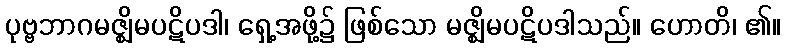
ပုဗ္ဗဘာဂမဇ္ဈိမပဋိပဒါ၊ ရှေ့အဖို့၌ ဖြစ်သော မဇ္ဈိမပဋိပဒါသည်။ ဟောတိ၊ ၏။